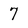
Character: 7